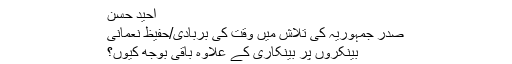
احید حسن
صدر جمہوریہ کی تلاش میں وقت کی بربادی/حفیظ نعمانی
بینکروں پر بینکاری کے علاوہ باقی بوجھ کیوں؟